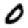
Digit: 0